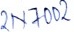
Text: 2N7002